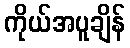
ကိုယ်အပူချိန်